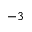
^ { - 3 }